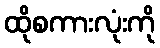
ထိုစကားလုံးကို